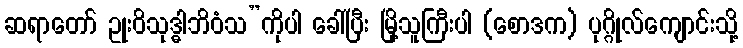
ဆရာတော် ဥုးဝိသုဒ္ဓါဘိဝံသ”ကိုပါ ခေါ်ပြီး မြို့သူကြီးပါ (စောဒက) ပုဂ္ဂိုလ်ကျောင်းသို့